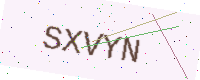
Text: SXVYN